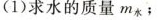
(1)求水的质量m_{水}；